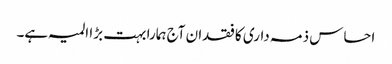
احساس ذمہ داری کا فقدان آج ہمارا بہت بڑا المیہ ہے۔